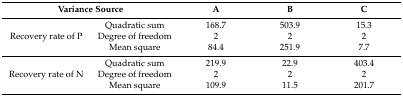
| <COLSPAN=2> Variance Source | A | B | C |
 | --- | --- | --- | --- | --- |
 | <ROWSPAN=3> Recovery rate of P | Quadratic sum | 168.7 | 503.9 | 15.3 |
 | Degree of freedom | 2 | 2 | 2 |
 | Mean square | 84.4 | 251.9 | 7.7 |
 | <ROWSPAN=3> Recovery rate of N | Quadratic sum | 219.9 | 22.9 | 403.4 |
 | Degree of freedom | 2 | 2 | 2 |
 | Mean square | 109.9 | 11.5 | 201.7 |